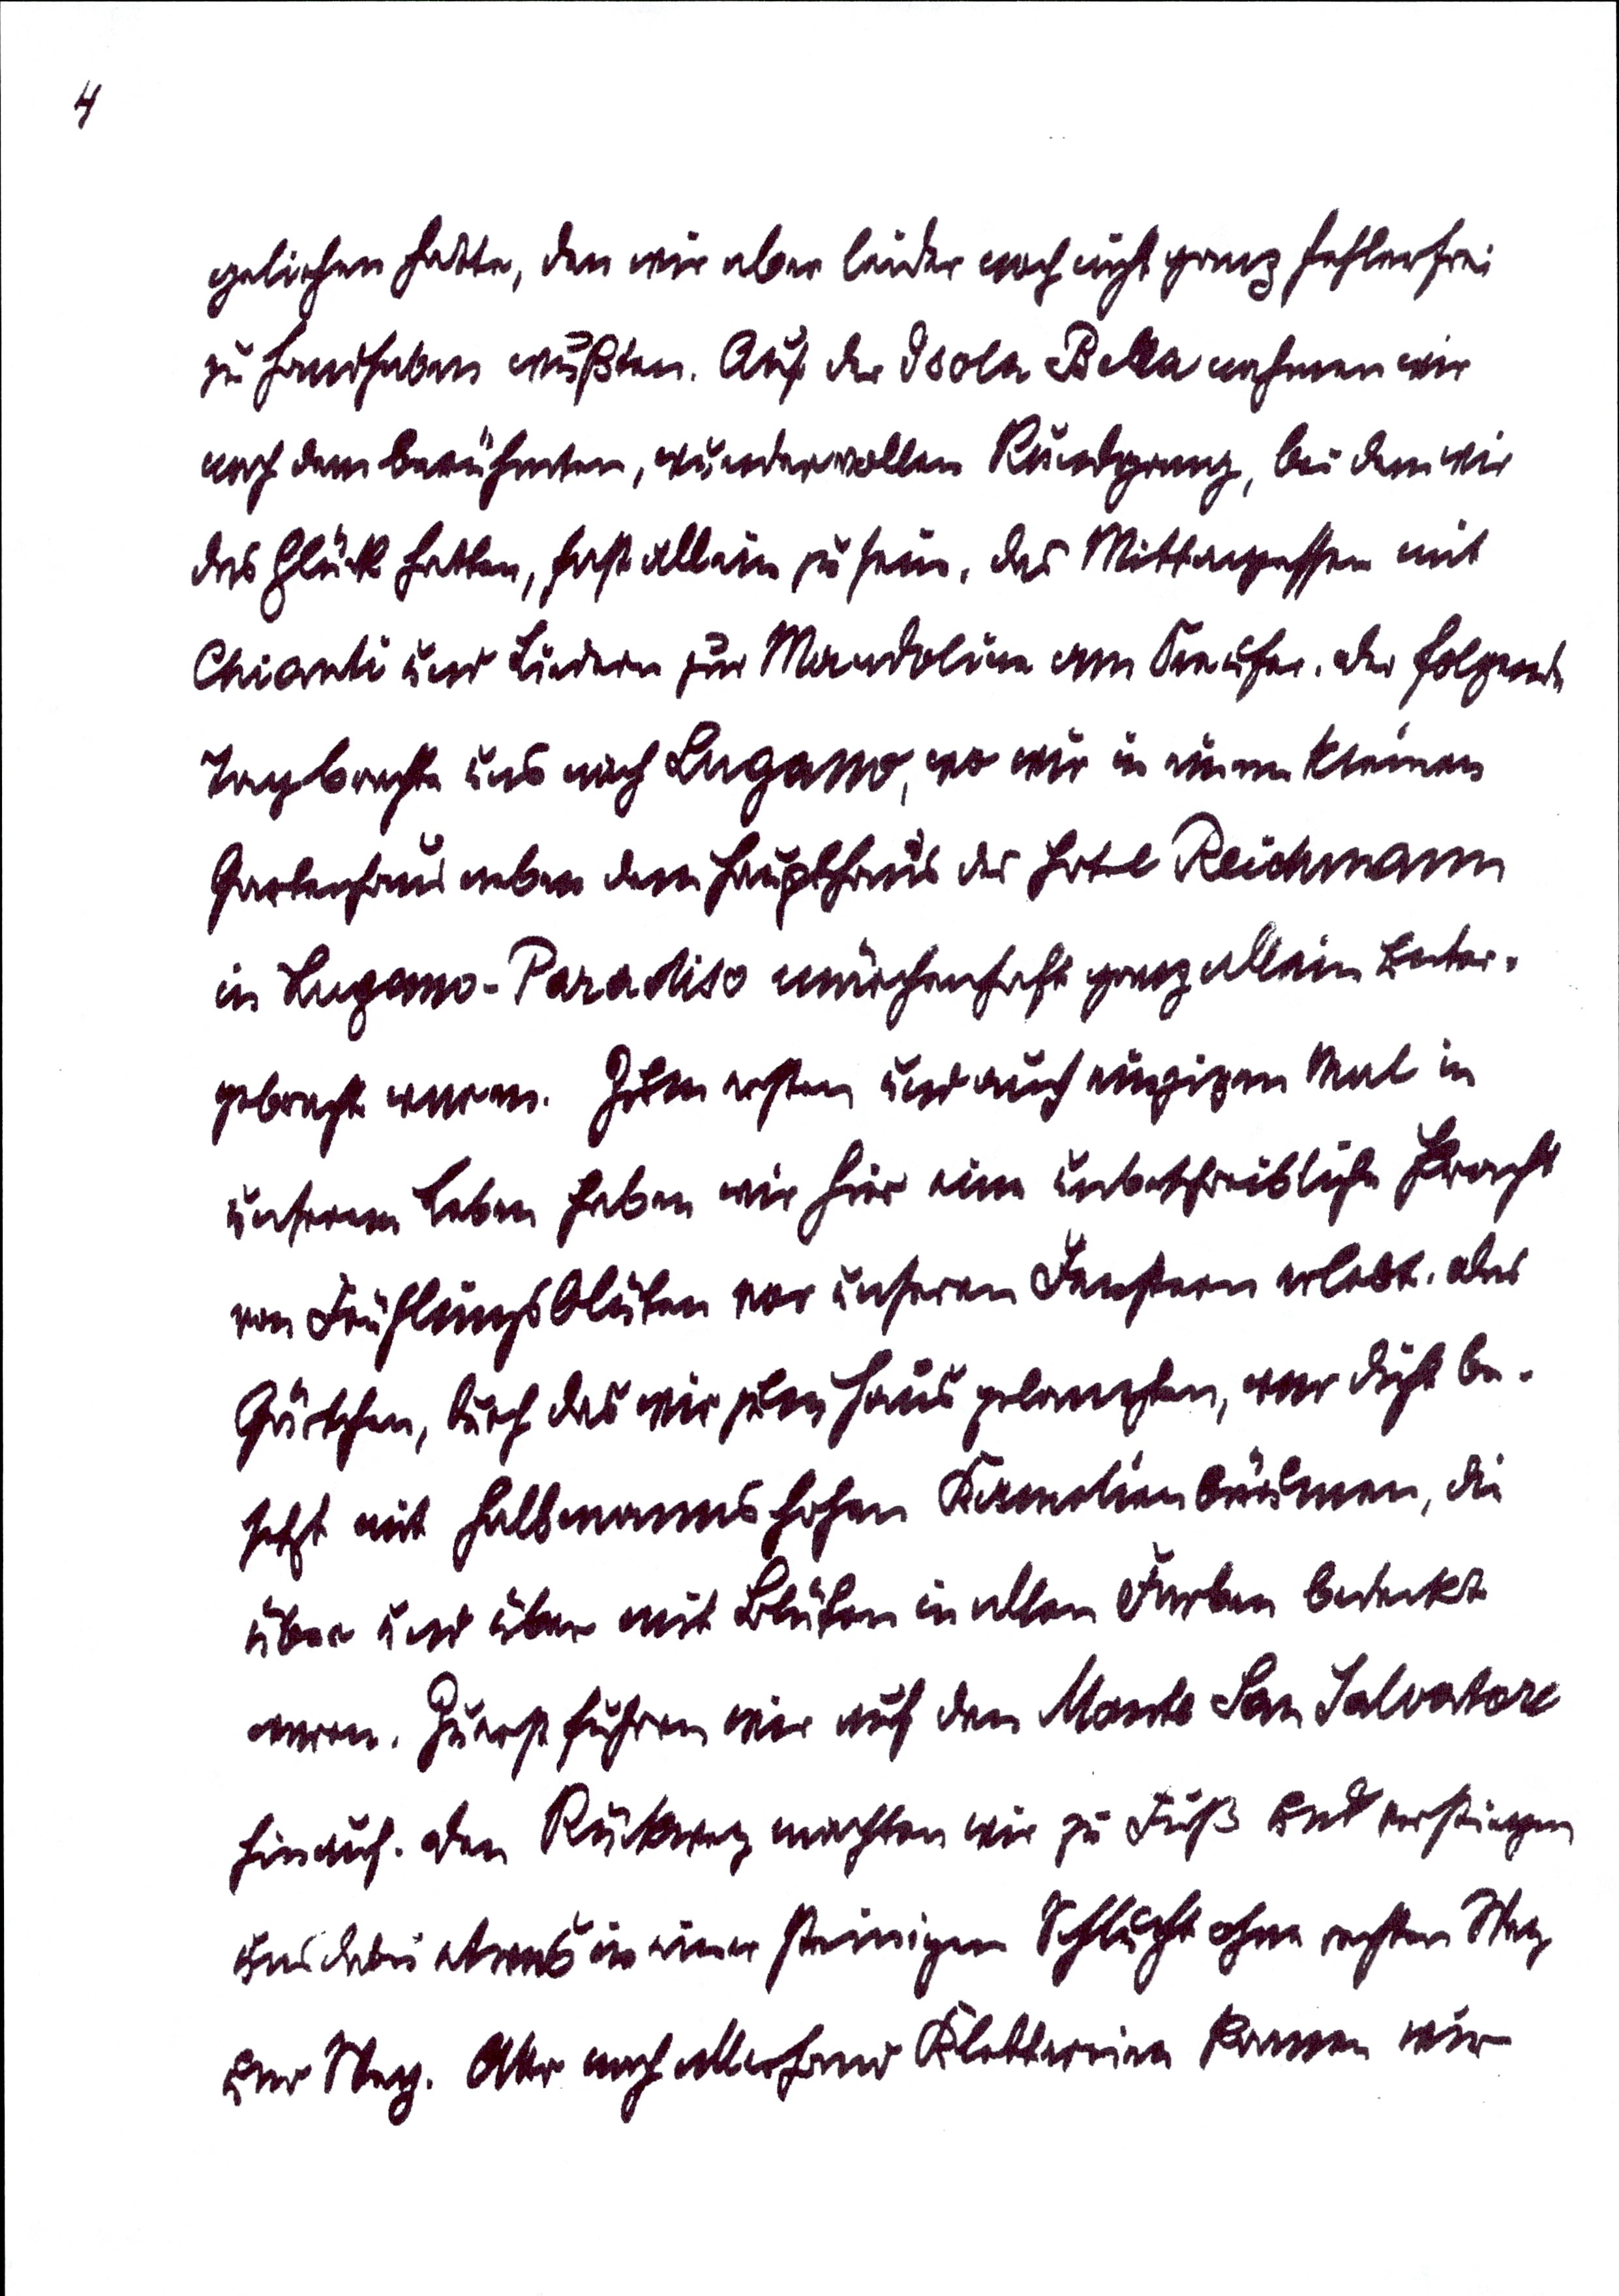
4
geliehen hatte, den wir aber leider noch nicht ganz fehlerfrei
zu handhaben wußten. Auf der Isola Bella nahmen wir
noch dem berühmten, wundervollen Rundgang, bei dem wir
das Glück hatten, fast allein zu sein, das Mittagessen mit
Chianti und Liedern zur Mandoline am Seeufer. Der folgende
Tag brachte uns nach Lugano, wo wir in einem kleinen
Gartenhaus neben dem Haupthaus des Hotel Reichmann
in Lugano-Paradiso märchenhaft ganz allein unter¬
gebracht waren. Zum ersten und auch einzigen Mal in
unserem Leben haben wir hier eine unbeschreibliche Pracht
vorn Frühlingsblüten vor unseren Fenstern erlebt. Das
Gärtchen, durch das wir zum Haus gelangten, war dick be¬
setzt mit halbmannshohen Kamelienbäumen, die
über und über mit Blüten in allen Farben bedeckt
waren. Zuerst führen wir auf den Monte San Salvatore
hinauf. den Rückweg machten wir zu Fuß und verstiegen
uns dabei etwas in einer steinige Schlucht ohne rechten Weg
und Steg. Aber nach allerhand Klettereien kamen wir